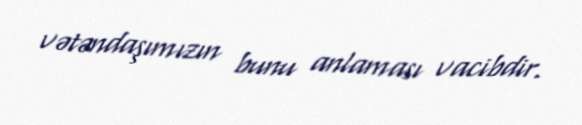
vətəndaşımızın bunu anlaması vacibdir.